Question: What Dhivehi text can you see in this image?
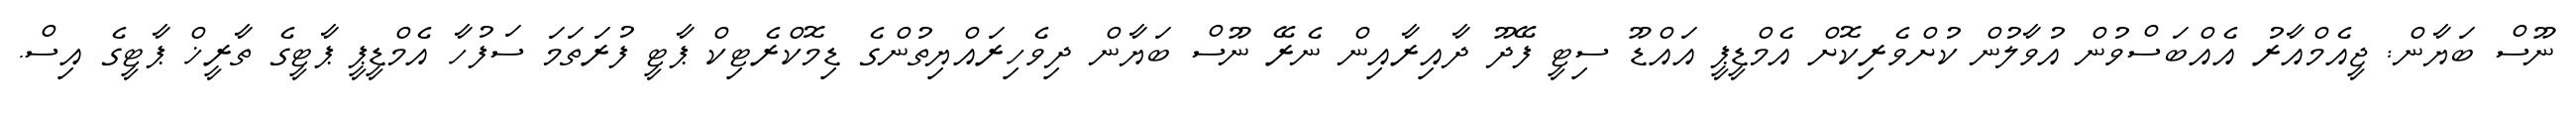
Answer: ނޫސް ބަޔާން: ޖީއެމްއާރު އެއްބަސްވުން އުވާލުން ކުށްވެރިކޮށް އެމްޑީޕީ އައްޑޫ ސިޓީ ފޭދޫ ދާއިރާއިން ނެރޭ ނޫސް ބަޔާން ދިވެހިރައްޔިތުންގެ ޑިމޮކްރެޓިކް ޕާޓީ ފުރަތަމަ ސަފުހާ އެމްޑީޕީ ޕާޓީގެ ތާރީޚް ޕާޓީގެ އިސް.